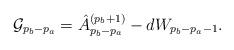
LaTeX: \begin{align*}{\cal G}_{p_b-p_a}=\hat A^{(p_b+1)}_{p_b-p_a}-dW_{p_b-p_a-1}.\end{align*}